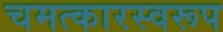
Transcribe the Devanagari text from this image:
चमत्‍कारस्‍वरूप